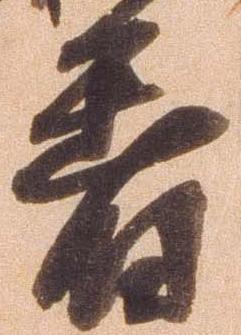
着